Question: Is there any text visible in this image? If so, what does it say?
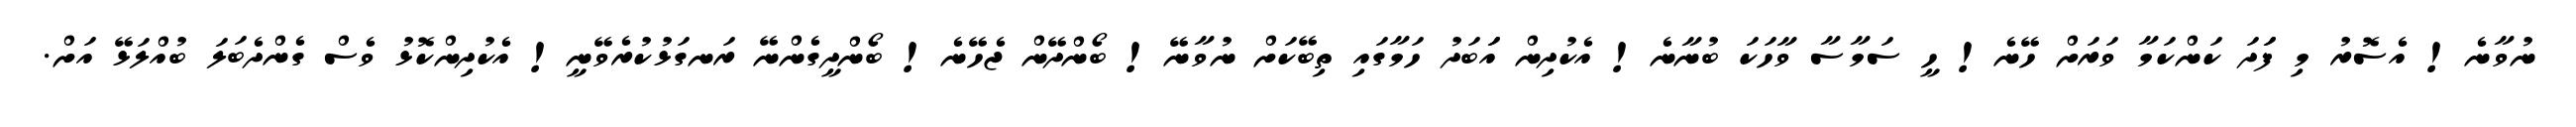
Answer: ނުވާނެ! އެސޮރު މި ފަަދަ ކަންކަމާ ވަރަށް ހޭނެ! ހީ ސަމާސާ ވާހަކަ ބުނާނެ! އެކުދިން އަަބަދު ހަމާގައި ތިބޭކަށް ނުވާނޭ! ބޯންދޭން ޖެހޭނެ! ބޯންދީގެންނޭ ރަނގަޅުކުރެވޭނީ! އެކުދިންކޮޅު ވެސް ގެންދެބަލަ ބުއްލަޅޭ އަށް.